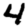
Digit: 4